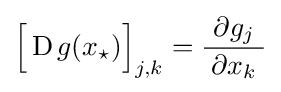
{\Bigl [}\operatorname {D} g(x_{\star }){\Bigr ]}_{j,k}={\frac {\ \partial g_{j}\ }{\partial x_{k}}}